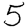
Digit: 5